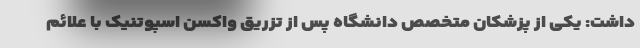
داشت: یکی از پزشکان متخصص دانشگاه پس از تزریق واکسن اسپوتنیک با علائم